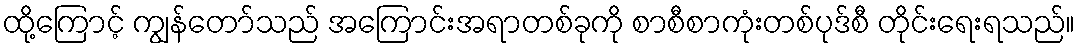
ထို့ကြောင့် ကျွန်တော်သည် အကြောင်းအရာတစ်ခုကို စာစီစာကုံးတစ်ပုဒ်စီ တိုင်းရေးရသည်။